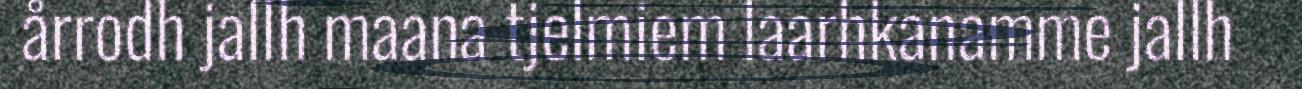
årrodh jallh maana tjelmiem laarhkanamme jallh